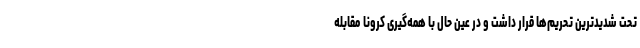
تحت شدیدترین تحریم‌ها قرار داشت و در عین حال با همه‌گیری کرونا مقابله